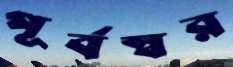
পূর্বস্বর